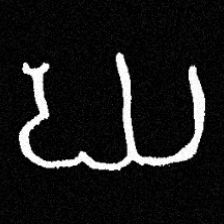
Pyu character \u2014 Myanmar letter: ဃ (romanized: gha)